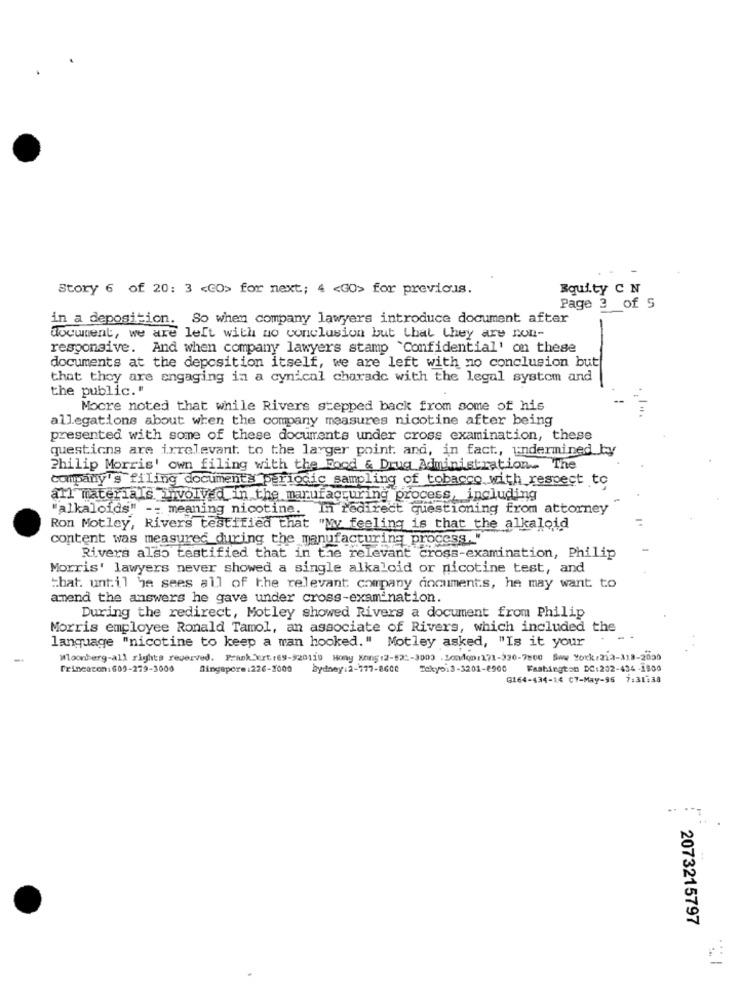
Story 6 of 20: 3 <CO> for next; 4 <GO> for previous.
Equity C N
Page 3 of 5
in a deposition. So when company lawyers introduce document after
document, we are left with no conclusion but that they are non-
responsive. And when company lawyers stamp "Confidential' on these
documents at the deposition itself, we are left with no conclusion but
that they are engaging in a cynical charade with the legal system and
the public."
Mocre noted that while Rivers stepped back from some of his
allegations about when the company measures nicotine after being
presented with some of these documents under cross examination, these
questions are irrelevant. to the larger point. and, in fact, undermined by
Philip Morris' own filing with the Food & Drug Administration. The
company's filing documents periodic sampling of tobacco with respect to
all materials involved in the manufacturing process, including
"alkaloids" -- meaning nicotine. In redirect questioning from attorney
Ron Motley, Rivers testified that "My feeling is that the alkaloid
content was measured during the manufacturing process."
Rivers also testified that in the relevant cross-examination, Philip
Morris' lawyers never showed a single alkaloid or nicotine test, and
that. until he sees all of the relevant company documents, he may want to
ammend the answers he gave under cross-examination
During the redirect, Motley showed Rivers a document from Philip
Morris employee Ronald Tamol, an associate of Rivers, which included the
language "nicotine to keep a man hooked." Motley asked, "Is it your
Wloonberg-all rights reserved. Frankfurt.69-920110 Hong Kong:2-122-3003 . London:171-330-7800 Sww York:212-318-2020
Trincacon: 609-279-3000
Singapore:226-3000
bydney:2-777-860C
Tokyoi3-3201-6900
Fashington DC:202-434 -1900
G164-434-14 C7-May-96 7:31:38
..
2073215797